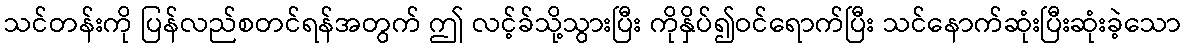
သင်တန်းကို ပြန်လည်စတင်ရန်အတွက် ဤ လင့်ခ်သို့သွားပြီး ကိုနှိပ်၍ဝင်ရောက်ပြီး သင်နောက်ဆုံးပြီးဆုံးခဲ့သော